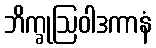
ဘိက္ခုဩဝါဒကာနံ